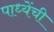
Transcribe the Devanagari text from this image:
पाध्येंची